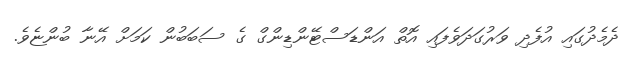
ދެމެދުގައި އުފެދި ވަރުގަދަވެފައި އޮތް އަންޑަސްޓޭންޑިންގް ގެ ސަބަބުން ކަމަށް އޭނާ ބުންޏެވެ.